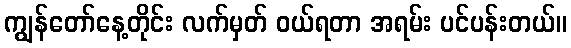
ကျွန်တော်နေ့တိုင်း လက်မှတ် ဝယ်ရတာ အရမ်း ပင်ပန်းတယ်။